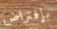
بإفتراض